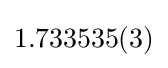
1.733535(3)